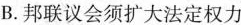
B.邦联议会须扩大法定权力